Report on the working of the Ranchi Indian Mental Hospital, Kanke, in Bihar and Orissa - 1930-1940
Year: 1930
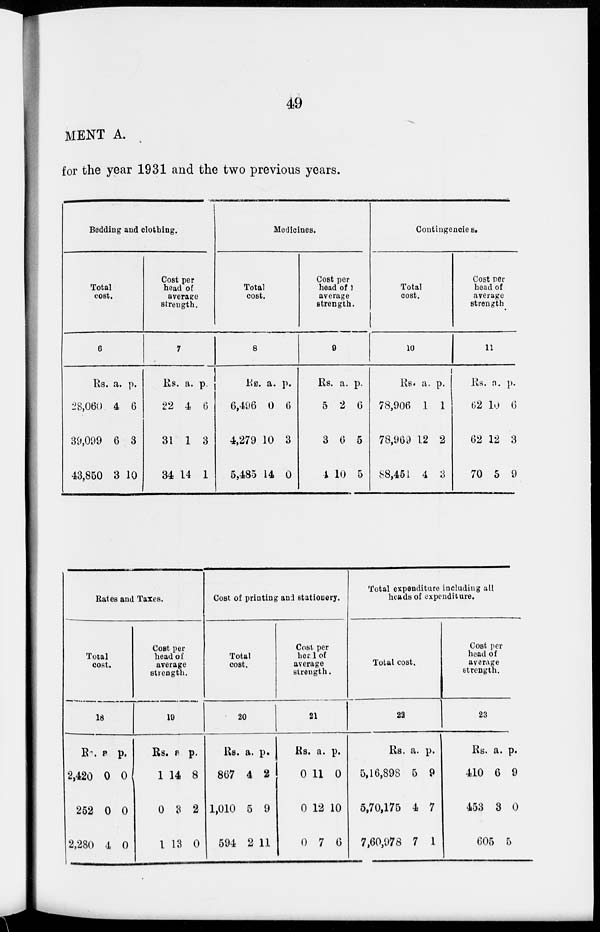
49
MENT A.
for the year 1931 and the two previous years.
Bedding and clothing.
Total
cost.
6
Rs.
28,060
39,099
43,850
a.
4
6
3
p.
6
3
10
Cost per
head of
averages
strength.
7
Rs.
22
31
34
a.
4
1
14
p.
6
3
1
Medicines.
Total
cost.
8
RS.
6,496
4,279
5,485
a.
0
10
14
p.
6
3
0
Cost per
head of
average
strength.
9
Rs.
5
3
4
a.
2
6
10
p.
6
5
5
Contingencies.
Total
Cost.
10
Rs.
78,906
78,969
88,451
a.
1
12
4
p.
1
2
3
Cost per
head of
average
strength
11
Rs.
62
62
70
a.
10
12
5
p.
6
3
9
Rates and Taxes.
Total
cost.
18
Rs.
2,420
252
2,280
a.
0
0
4
p.
0
0
0
Cost per
head of
average
strength.
19
Rs.
1
0
1
a.
14
3
13
p.
8
2
0
Cost of printing and stationery.
Total
cost.
20
RS.
867
1,010
594
a.
4
5
2
p.
2
9
11
Cost per
head of
average
strength.
21
Rs.
0
0
0
a.
11
12
7
p.
0
10
6
Total expenditure including all
heads of expenditure.
Total cost.
22
Rs.
5,16,898
5,70,175
7,60,978
a.
5
4
7
p.
9
7
1
Cost per
head of
average
strength.
23
Rs.
410
453
605
a.
6
3
p.
9
0
5